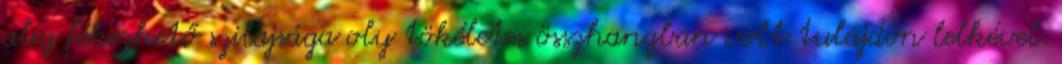
alig fékezhető szilajsága oly tökéletes összhangban volt tulajdon lelkével.